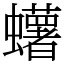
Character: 蠴